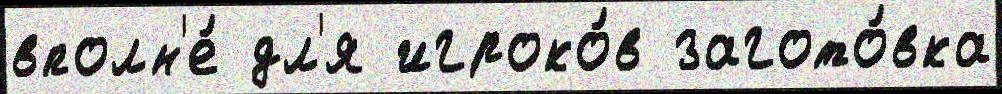
вполн'е́ дл'я игроко́в загото́вка